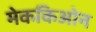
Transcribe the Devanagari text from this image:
मेककिओन